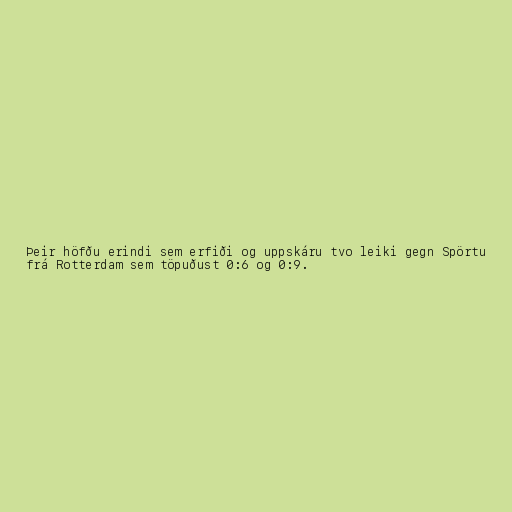
Þeir höfðu erindi sem erfiði og uppskáru tvo leiki gegn Spörtu
frá Rotterdam sem töpuðust 0:6 og 0:9.